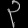
Digit: ၃